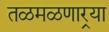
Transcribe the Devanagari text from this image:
तळमळणार्‍या